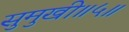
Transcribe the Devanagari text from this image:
सुमुखी॥५॥